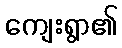
ကျေးရွာ၏